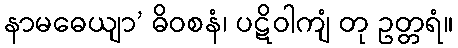
နာမဓေယျာ’ ဓိဝစနံ၊ ပဋိဝါကျံ တု ဥတ္တရံ။